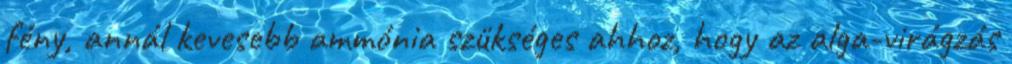
fény, annál kevesebb ammónia szükséges ahhoz, hogy az alga-virágzás